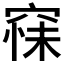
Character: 𮄆